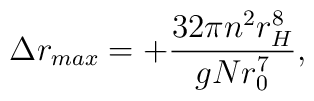
\Delta r_{max} = +\frac{32\pi n^2 r_H^8}{gNr_0^7},